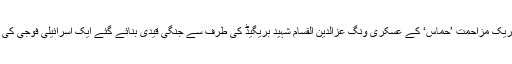
مرکز اطلاعات) اسلامی تحریک مزاحمت ’حماس‘ کے عسکری ونگ عزالدین القسام شہید بریگیڈ کی طرف سے جنگی قیدی بنائے گئے ایک اسرائیلی فوجی کی تازہ تصویر جاری کی ہے۔